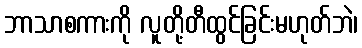
ဘာသာစကားကို လူတို့တီထွင်ခြင်းမဟုတ်ဘဲ၊